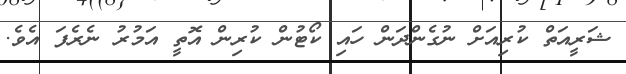
ޝަރީއަތް ކުރިއަށް ނުގެންދަން ހައި ކޯޓުން ކުރިން އޮތީ އަމުރު ނެރެފަ އެވެ.